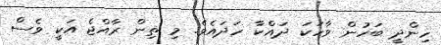
ހިންދީ ބަހުން ވާހަކަ ދައްކާ ހަދައެވެ. މި ތިން ރާއްޖެ އަކީ ވެސް